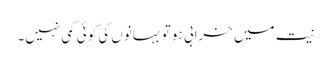
نیت میں خرابی ہو تو بہانوں کی کوئی کمی نہیں۔